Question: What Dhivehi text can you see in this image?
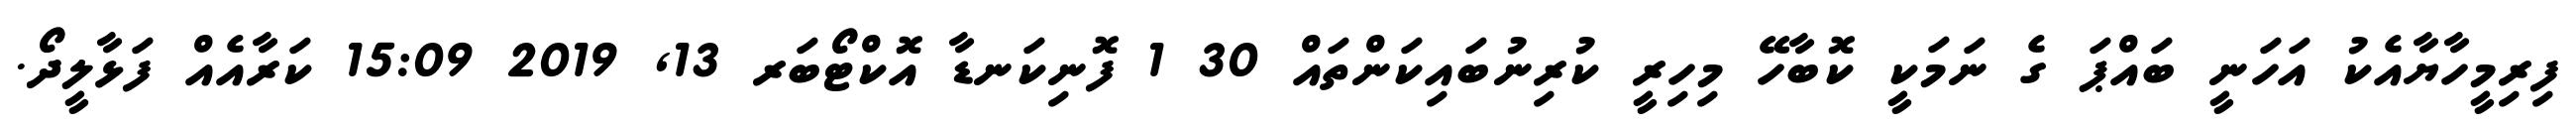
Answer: ފިރިމީހާޔާއެކު އަހަނީ ބައްޕަ ގެ ނަމަކީ ކޮބާހޭ މިހިރީ ކުރިނުބައިކަންތައް 30 1 ފޮނިކަނޑާ އޮކްޓޯބަރ 13, 2019 15:09 ކަރާއެއް ފަޅާލީދޯ.